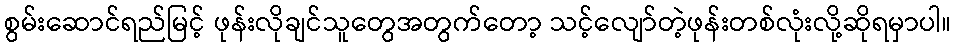
စွမ်းဆောင်ရည်မြင့် ဖုန်းလိုချင်သူတွေအတွက်တော့ သင့်လျော်တဲ့ဖုန်းတစ်လုံးလို့ဆိုရမှာပါ။